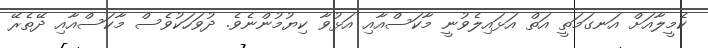
ކެމީލާއަށް އަނގަމަތީ އަތް އަޅައިލެވުނީ މާކަސްއާއި އަޅުވާ ކިޔުމުންނެވެ. ދުވަހަކުވެސް މާކަސްއާއި ދޭތެރޭ